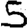
Digit: 5